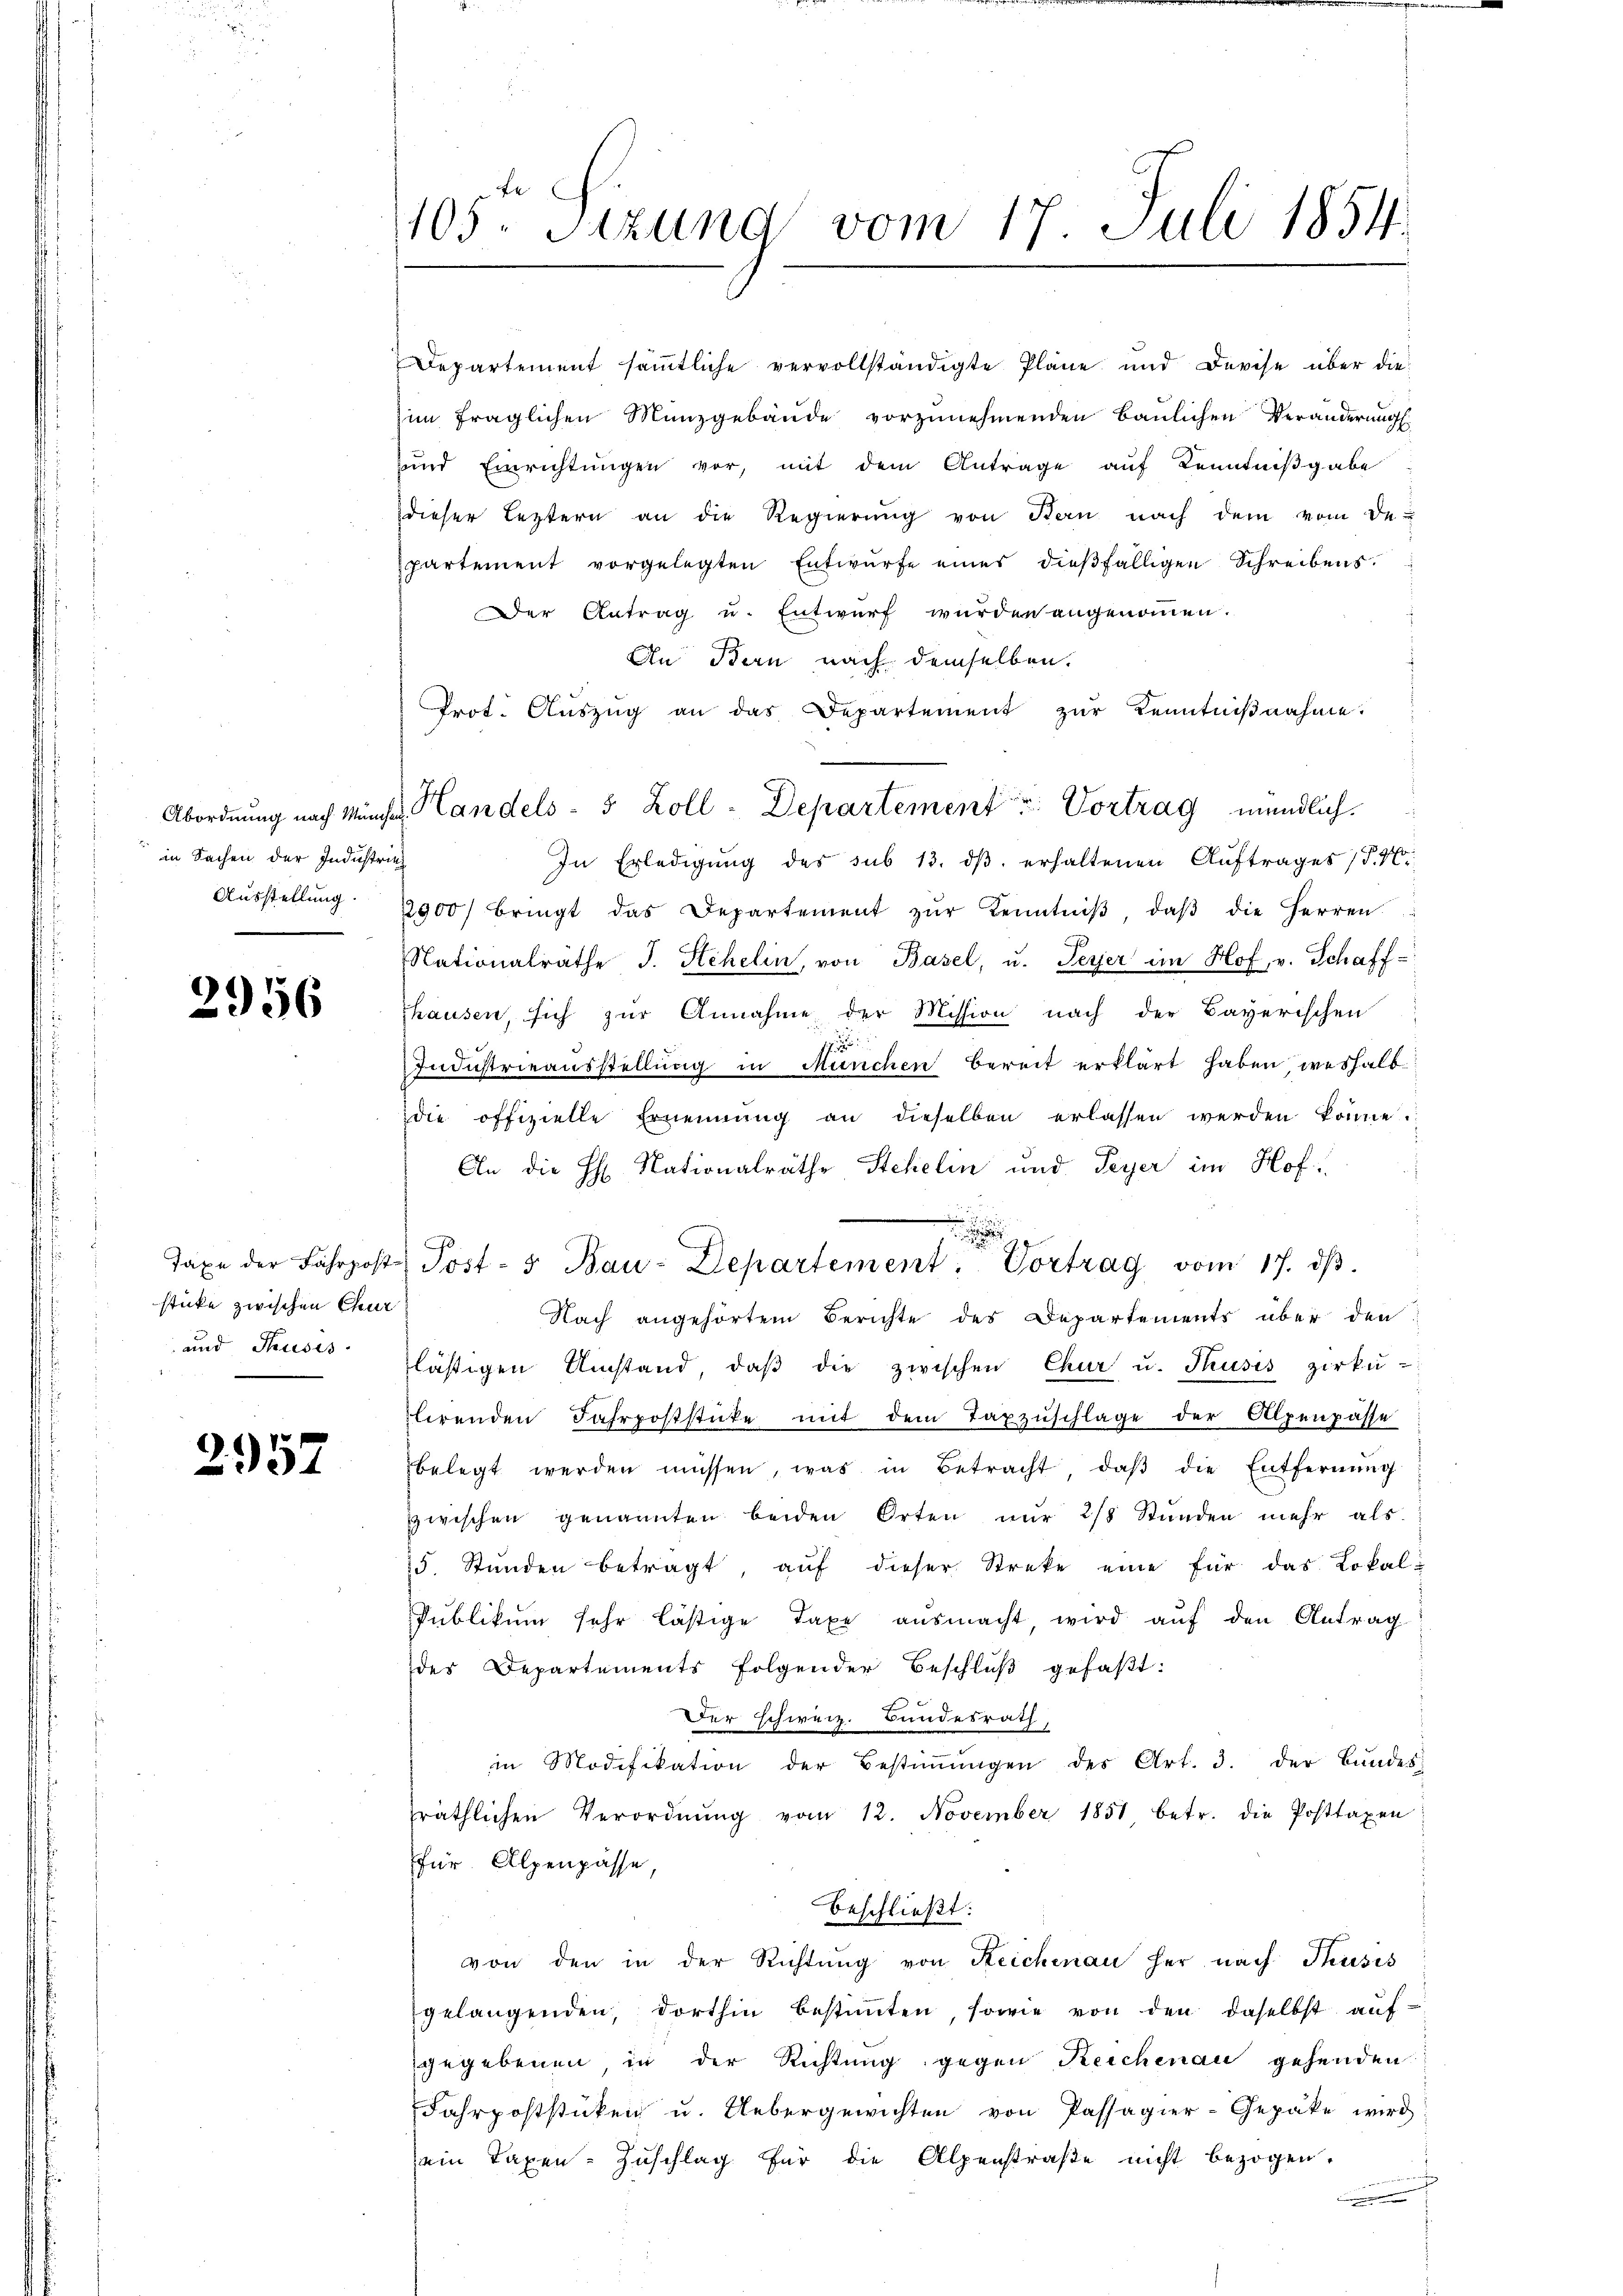
in Sachen der Industrie¬
Ausstellung.

2956

sticke zwischen Chur
und Thusis.

2957

1105. Sizung vom 17. Juli 1854.

Departement sämtliche vervollständigte Pläne und Devise über die
zim fraglichen Münzgebäude vorzunehmenden Baulichen Veränderungs
und Einrichtŭngen vor, mit dem Antrage auf Kenntnißgabe
dieser leztern an die Regierŭng von Bern nach dem vom De-
partement vorgelegten Entwurfe eines dießfälligen Schreibens¬

Der Antrag u. Entwurf wurden angenommen.
An Bern nach demselben.
In Erledigung des sub 13. dβ erhaltenen Auftrages (T. K.
2900 bringt das Departement zŭr Kenntniβ, daβ die Herren
Nationalräthe J. Stehelin, von Basel, u. Peyer im Hof, v. Schaff-
shausen, sich zŭr Annahme der Mission nach der Bayerischen
17
Industrieausstellung in München bereit erklärt haben, weshalb
die offizielle Ernennung an dieselben erlassen werden könne.
An die H. Nationalräthe Stehelin und Peyer im Hof
f
Nach angehörtem Berichte des Departements über den
lästigen Umstand, daß die zwischen Chur u. Thusis zirkŭ-
lirenden Fahrpoststücke mit dem Taxzŭschlage der Alpenpasse
belegt werden müssen, was in Betracht, daβ die Entfernŭng
zwischen genannten beiden Orten nur 2/8 Stunden mehr als
25. Stŭnden betragt, aŭf dieser Streke eine für das Lokal-
Publikum sehr lästige Taxe ausmacht, wird auf den Antrag
des Departements folgender Beschluß gefaßt:
Der schweiz. Bundesrath,
in Modifikation der Bestiṁŭngen des Art. 3. der Bundes:
räthlichen Verordnŭng vom 12. November 1851 betr. die Posttaxen
für Alpenpasse,
beschließt:
von den in der Richtung von Reichenau her nach Thuses
gelangenden, dorthin bestimmten, sowie von den daselbst auf
gegebenen, in der Richtung gegen Reichenau gehenden
Fahrpoststücken u. Uebergewichten von Passagier-Gepäke wird
ein Taxen-Zuschlag für die Alpenstraße nicht bezogen.
.

Prot. Aŭszŭg an das Departement zŭr Kenntniβnahme.
Abordnung nach Minist. Handels- 5 Zoll-Departement u. Vortrag mündlich.

Taxe der Fahrpost Post- 5 Bau-Departement: Vortrag vom 17. dβ.